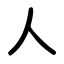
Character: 人